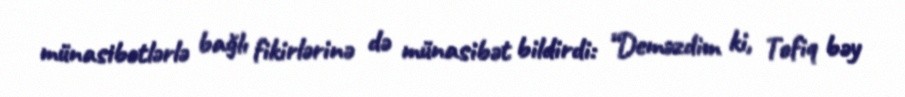
münasibətlərlə bağlı fikirlərinə də münasibət bildirdi: “Deməzdim ki, Tofiq bəy